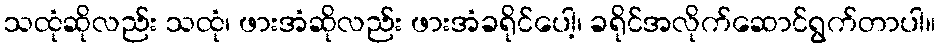
သထုံဆိုလည်း သထုံ၊ ဖားအံဆိုလည်း ဖားအံခရိုင်ပေါ့၊ ခရိုင်အလိုက်ဆောင်ရွက်တာပါ။